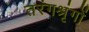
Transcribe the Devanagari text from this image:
तरंगश्रृंगों